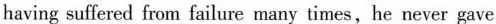
havingsuffered from failure many times, he never gave